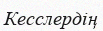
Кесслердің